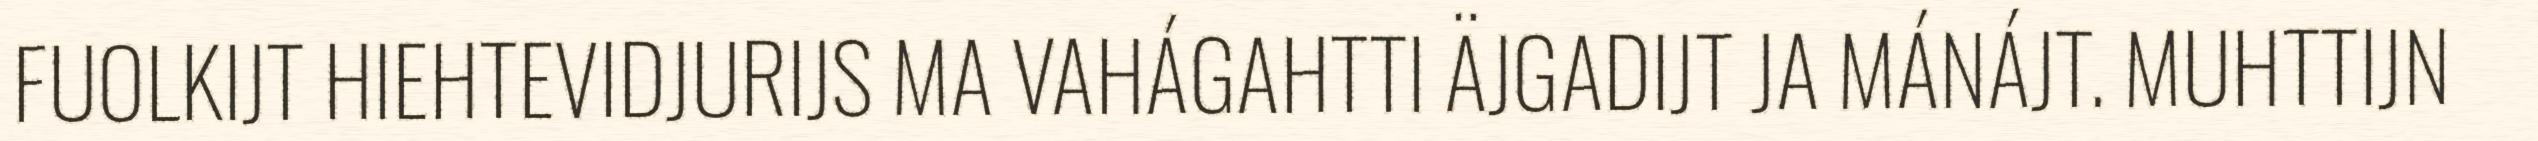
FUOLKIJT HIEHTEVIDJURIJS MA VAHÁGAHTTI ÄJGADIJT JA MÁNÁJT. MUHTTIJN